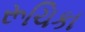
રૂચિકા